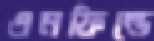
এনফিল্ডে